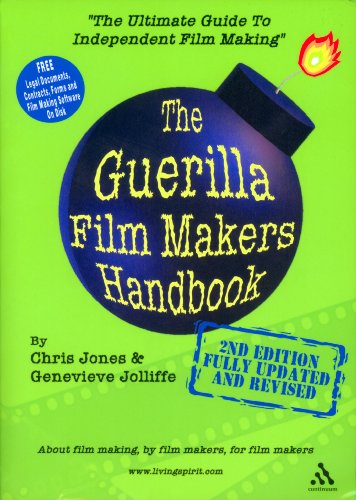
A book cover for The Guerilla Film Makers Handbook with CDROM; Chris Jones; Humor & Entertainment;